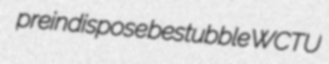
preindispose bestubble WCTU